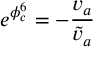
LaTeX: e ^ { \phi _ { c } ^ { 6 } } = - { \frac { v _ { a } } { \tilde { v } _ { a } } }